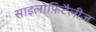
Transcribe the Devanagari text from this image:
साइलोफ़िटैलीज़